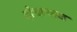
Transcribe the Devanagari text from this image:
दोषाभाव